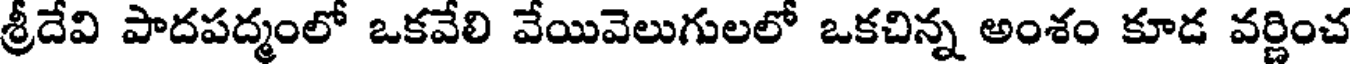
శ్రీదేవి పాదపద్మంలో ఒకవేలి వేయివెలుగులలో ఒకచిన్న అంశం కూడ వర్ణించ